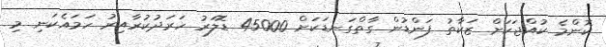
ކޮންމެ ކުއްޖަކަށް ޒަކާތު ފަންޑުން ގާތްގަނޑަކަށް 45000 ޑޮލަރު ހަރަދުކުރާއިރު ހަމައެކަނި މި